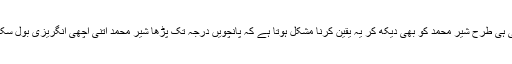
ببلو کی ہی طرح شیر محمد کو بھی دیکھ کر یہ یقین کرنا مشکل ہوتا ہے کہ پانچویں درجہ تک پڑھا شیر محمد اتنی اچھی انگریزی بول سکتا ہے۔